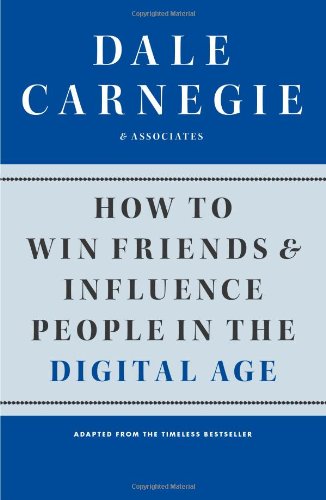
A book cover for How to Win Friends and Influence People in the Digital Age; Dale Carnegie & Associates; Self-Help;